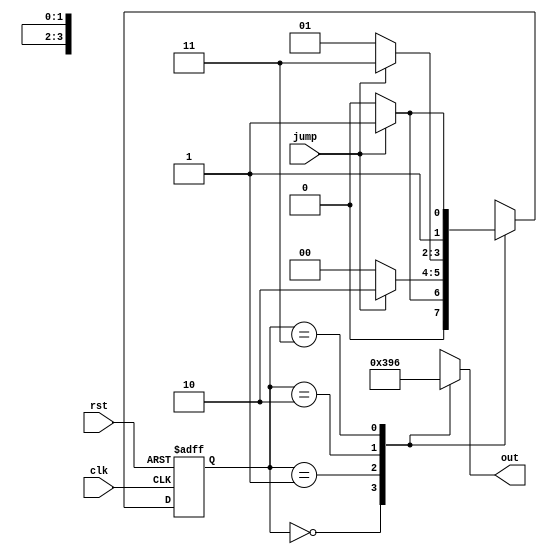
module BP (
    input clk,
    input rst,
    input jump,
    output reg[3:0] out
);

//===================== Your Design Begin=====================
reg[1:0]State,NextState;
parameter   S0 = 2'b00,S1 = 2'b01,
            S2 = 2'b10,S3 = 2'b11;

always @(posedge clk or posedge rst)
begin
    if(rst)
        State <= S0;
    else
        State <= NextState;
end

always @(*)
begin
    case(State)
        S0:begin
            if(jump == 1)
                NextState = S1;
            else    
                NextState = S0;
        end
        S1:begin
            if(jump == 1)
                NextState = S2;
            else    
                NextState = S0;
        end
        S2:begin
            if(jump == 1)
                NextState = S3;
            else    
                NextState = S1;
        end
        S3:begin
            if(jump == 1)
                NextState = S3;
            else    
                NextState = S2;
        end
    endcase
end

always @(State) 
begin
    case(State)
        S0: out = 0;
        S1: out = 3;
        S2: out = 9;
        S3: out = 6;
    endcase
end
//===================== Your Design End  =====================


    
endmodule